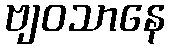
ဗျဝသာနေ